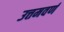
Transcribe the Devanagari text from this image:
उत्तमवर्ण